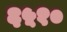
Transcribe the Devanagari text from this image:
६५१०